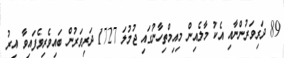
89 ދަރިވަރުންނާއި އެކު މާލެއިން މިއިމްތިހާނުގައި ޖުމުލަ 1727 ދަރިވަރުން ބައިވެރިވެފައިވާ އިރު